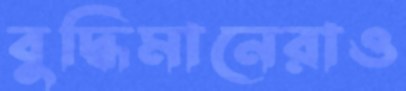
বুদ্ধিমানেরাও